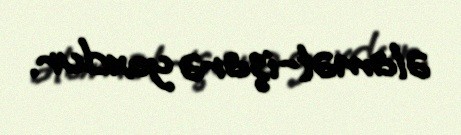
əlamət-işarə yoxdur.